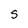
Character: S